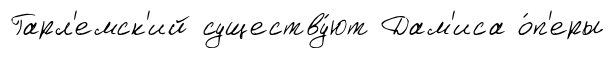
Гарл'емск'ий существу́ют Дам'иса о́п'еры